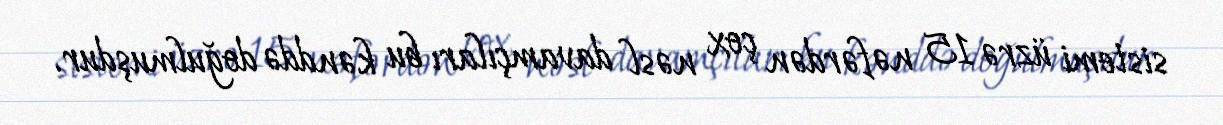
sistemi üzrə 15 nəfərdən çox nəsl davamçıları bu kənddə doğulmuşdur.